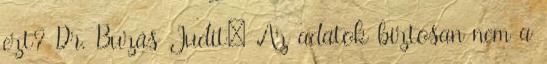
ezt? Dr. Buzás Judit: Az adatok biztosan nem a